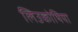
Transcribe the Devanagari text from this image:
लिउकोथिया